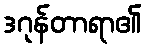
ဒဂုန်တာရာ၏